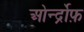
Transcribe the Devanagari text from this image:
ओर्न्द्रोफ़